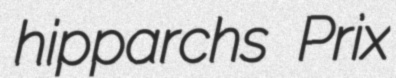
hipparchs Prix